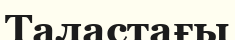
Таластағы